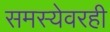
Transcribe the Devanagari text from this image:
समस्येवरही